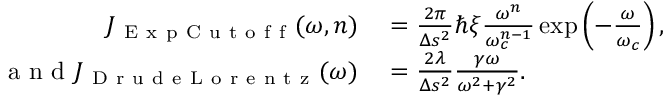
\begin{array} { r l } { J _ { \mathrm { ~ E ~ x ~ p ~ C ~ u ~ t ~ o ~ f ~ f ~ } } ( \omega , n ) } & { { } = \frac { 2 \pi } { \Delta s ^ { 2 } } \hbar \xi \frac { \omega ^ { n } } { \omega _ { c } ^ { n - 1 } } \exp \left( - \frac { \omega } { \omega _ { c } } \right) , } \\ { \mathrm { ~ a ~ n ~ d ~ } J _ { \mathrm { ~ D ~ r ~ u ~ d ~ e ~ L ~ o ~ r ~ e ~ n ~ t ~ z ~ } } ( \omega ) } & { { } = \frac { 2 \lambda } { \Delta s ^ { 2 } } \frac { \gamma \omega } { \omega ^ { 2 } + \gamma ^ { 2 } } . } \end{array}